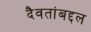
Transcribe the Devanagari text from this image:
दैवतांबद्दल